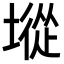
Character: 㙡